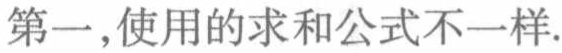
第一，使用的求和公式不一样.